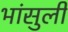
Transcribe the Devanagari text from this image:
भांसुली